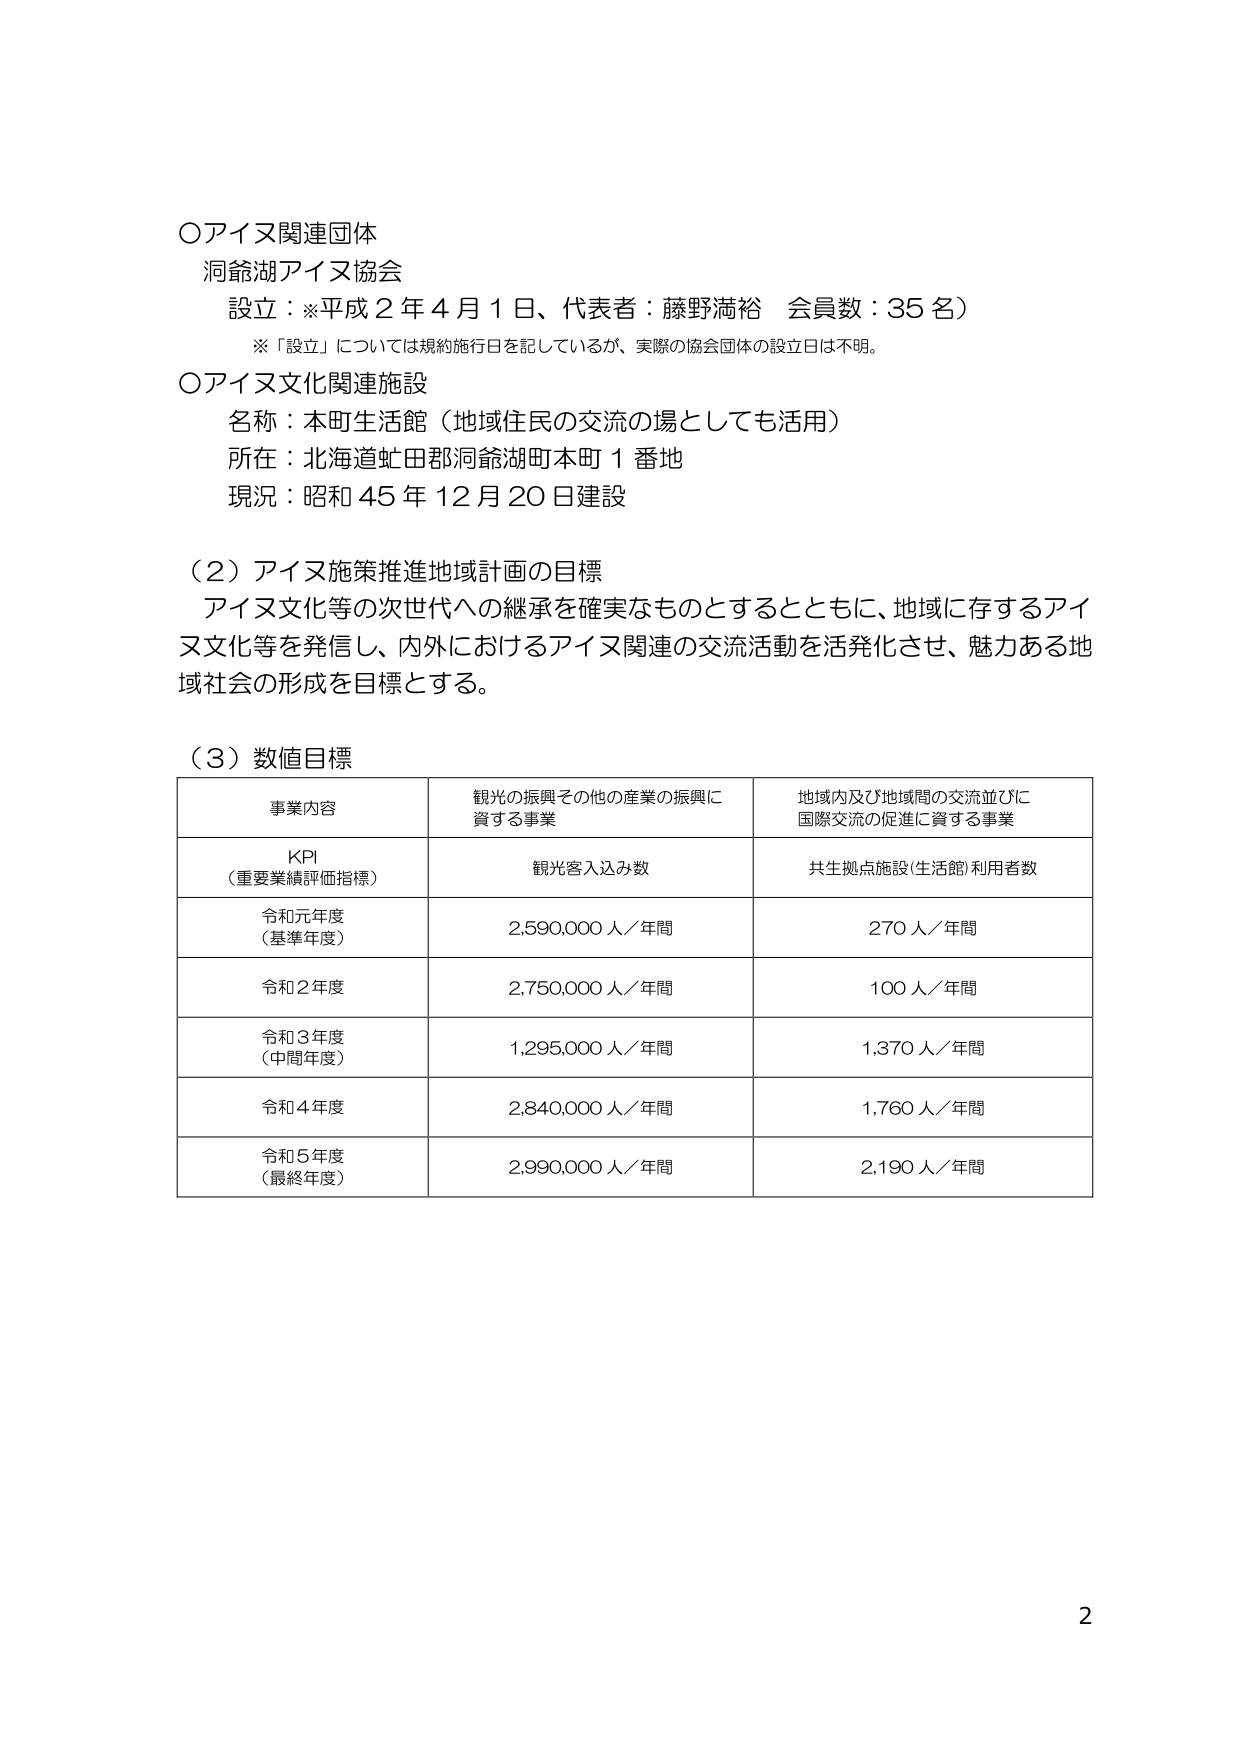
○アイヌ関連団体
洞爺湖アイヌ協会
設立：※平成２年４月１日、代表者：藤野満裕 会員数：35名）
※「設立」については規約施行日を記しているが、実際の協会団体の設立日は不明。

○アイヌ文化関連施設
名称：本町生活館（地域住民の交流の場としても活用）
所在：北海道虻田郡洞爺湖町本町１番地
現況：昭和45年12月20日建設

（２）アイヌ施策推進地域計画の目標
アイヌ文化等の次世代への継承を確実なものとするとともに、地域に存するアイヌ文化等を発信し、内外におけるアイヌ関連の交流活動を活発化させ、魅力ある地域社会の形成を目標とする。

（３）数値目標

| 事業内容 | 観光の振興その他の産業の振興に資する事業 | 地域内及び地域間の交流並びに国際交流の促進に資する事業 |
|----------|------------------------------------------|--------------------------------------------------|
| KPI（重要業績評価指標） | 観光客入込み数 | 共生拠点施設（生活館）利用者数 |
| 令和元年度（基準年度） | 2,590,000人／年間 | 270人／年間 |
| 令和２年度 | 2,750,000人／年間 | 100人／年間 |
| 令和３年度（中間年度） | 1,295,000人／年間 | 1,370人／年間 |
| 令和４年度 | 2,840,000人／年間 | 1,760人／年間 |
| 令和５年度（最終年度） | 2,990,000人／年間 | 2,190人／年間 |

2